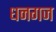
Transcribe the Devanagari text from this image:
धनगज